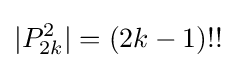
|P_{2k}^{2}|=(2k-1)!!